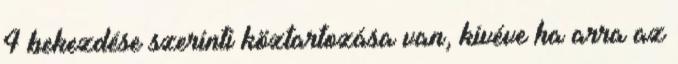
4 bekezdése szerinti köztartozása van, kivéve ha arra az